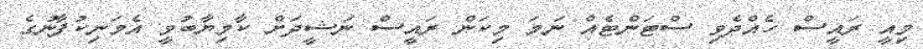
މިއީ ރައީސް ހެއްދެވި ސްޓަންޓެއް ނަމަ މިކަން ރައީސް ނަޝީދަށް ކާމިޔާބުވީ އެމަނިކުފާނުގެ